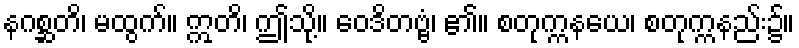
နဂစ္ဆတိ၊ မထွက်။ ဣတိ၊ ဤသို့။ ဝေဒိတဗ္ဗံ၊ ၏။ စတုက္ကနယေ၊ စတုက္ကနည်း၌။